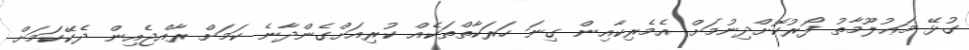
ގުޅޭ މަޢުލޫމާތު ފޯރުކޮށްދިނުމަށް އެމެރިކާއިން ގިނަ ހަރަކާތްތަކެއް ކުރިއަށްގެންދާނެ ކަމަށް ރާއްޖެއިން ދެކޭކަމަށް